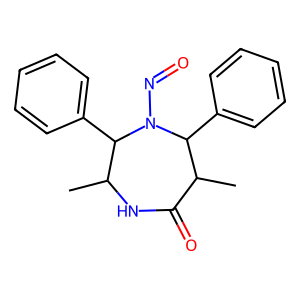
SMILES: CC1NC(=O)C(C)C(c2ccccc2)N(N=O)C1c1ccccc1
Inhibits HIV replication: No